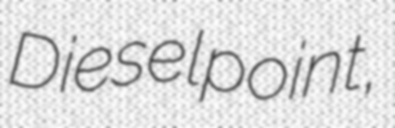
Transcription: Dieselpoint,